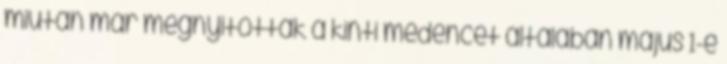
miután már megnyitották a kinti medencét általában május 1-e